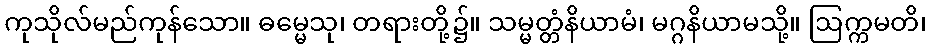
ကုသိုလ်မည်ကုန်သော။ ဓမ္မေသု၊ တရားတို့၌။ သမ္မတ္တံနိယာမံ၊ မဂ္ဂနိယာမသို့။ ဩက္ကမတိ၊